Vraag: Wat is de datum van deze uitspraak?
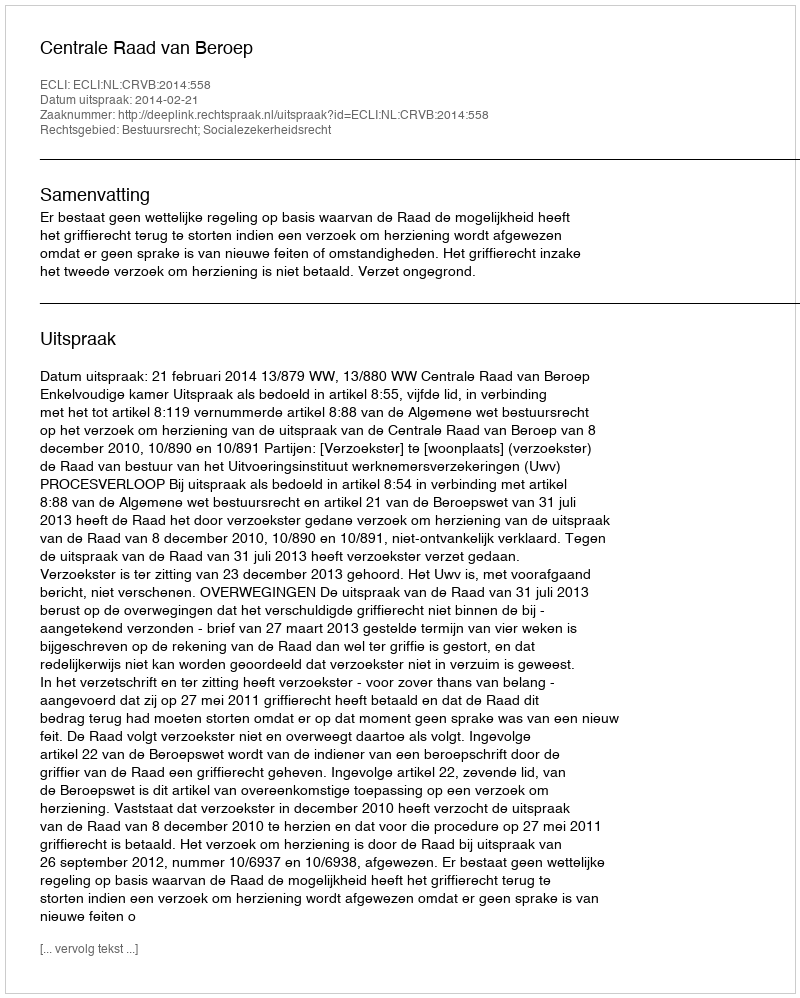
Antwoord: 2014-02-21